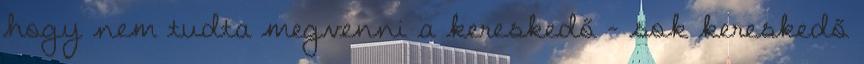
hogy nem tudta megvenni a kereskedő - sok kereskedő